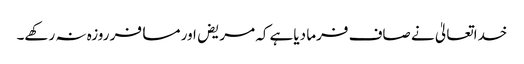
خداتعالیٰ نے صاف فرما دیاہے کہ مریض اور مسافر روزہ نہ رکھے۔